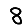
Digit: 8